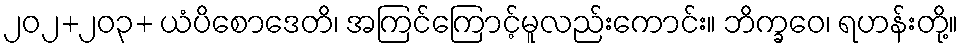
၂၀၂+၂၀၃+ ယံပိစောဒေတိ၊ အကြင်ကြောင့်မူလည်းကောင်း။ ဘိက္ခဝေ၊ ရဟန်းတို့။